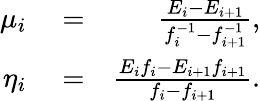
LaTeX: \begin{array}{rlr}{\mu_{i}}&{{}=}&{\frac{E_{i}-E_{i+1}}{f_{i}^{-1}-f_{i+1}^{-1}},}\\ {\eta_{i}}&{{}=}&{\frac{E_{i}f_{i}-E_{i+1}f_{i+1}}{f_{i}-f_{i+1}}.}\end{array}